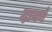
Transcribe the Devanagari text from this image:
दाकों